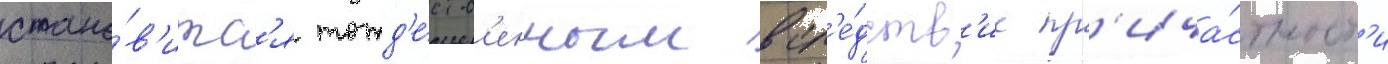
стано́в'итс'я тожд'е́ств'енным всл'е́дств'ие пр'ича́стност'и